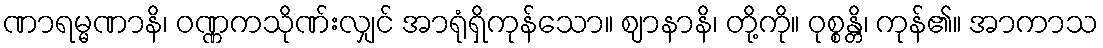
ဏာရမ္မဏာနိ၊ ဝဏ္ဏကသိုဏ်းလျှင် အာရုံရှိကုန်သော။ ဈာနာနိ၊ တို့ကို။ ဝုစ္စန္တိ၊ ကုန်၏။ အာကာသ